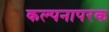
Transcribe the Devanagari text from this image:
कल्पनापरक